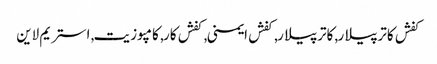
کفش کاترپیلار, کاترپیلار, کفش ایمنی, کفش کار, کامپوزیت, استریم لاین